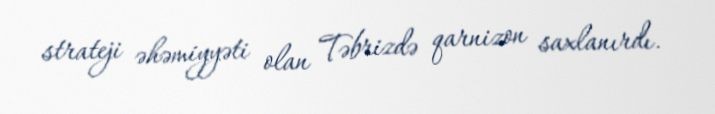
strateji əhəmiyyəti olan Təbrizdə qarnizon saxlanırdı.